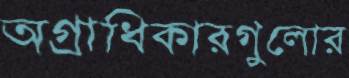
অগ্রাধিকারগুলোর